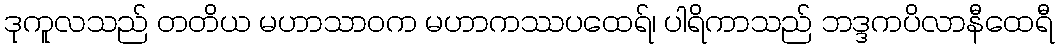
ဒုကူလသည် တတိယ မဟာသာဝက မဟာကဿပထေရ်၊ ပါရိကာသည် ဘဒ္ဒကပိလာနီထေရီ